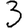
Digit: 3